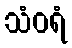
သံဝရံ